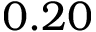
0 . 2 0